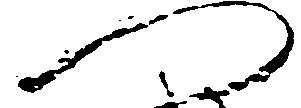
へ